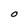
Character: O